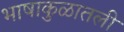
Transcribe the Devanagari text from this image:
भाषाकुळातली